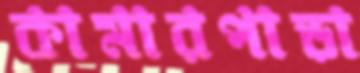
কামারপাড়া